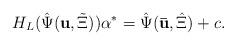
LaTeX: \begin{align*}H_L(\hat{\Psi}(\mathbf{u},\tilde{\Xi}))\alpha^* = \hat{\Psi}(\mathbf{\bar{u}},\hat{\Xi})+ c.\end{align*}